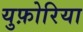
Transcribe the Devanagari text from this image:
युफ़ोरिया